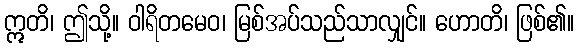
ဣတိ၊ ဤသို့။ ဝါရိတမေဝ၊ မြစ်အပ်သည်သာလျှင်။ ဟောတိ၊ ဖြစ်၏။